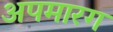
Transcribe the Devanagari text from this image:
अपमारग